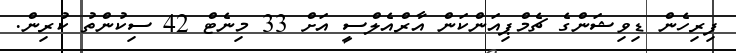
ފިރިހެން ޑިވިޝަންގެ ޗެމްޕިއަންކަން އާރްއެލްސީ އަށް 33 މިނެޓް 42 ސިކުންތު ކުރިން.